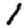
Digit: 1